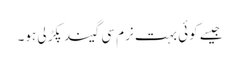
جیسے کوئی بہت نرم سی گیند پکڑ لی ہو۔